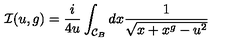
{ \cal I } ( u , g ) = \frac { i } { 4 u } \int _ { { \cal C } _ { B } } d x \frac { 1 } { \sqrt { x + x ^ { g } - u ^ { 2 } } }